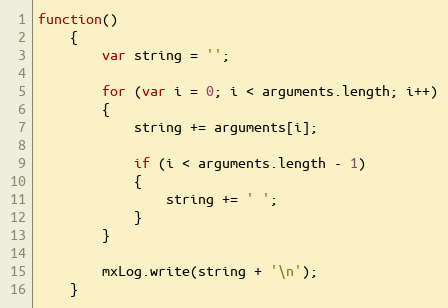
Language: JavaScript
function()
	{
		var string = '';

		for (var i = 0; i < arguments.length; i++)
		{
			string += arguments[i];

			if (i < arguments.length - 1)
			{
				string += ' ';
			}
		}

		mxLog.write(string + '\n');
	}